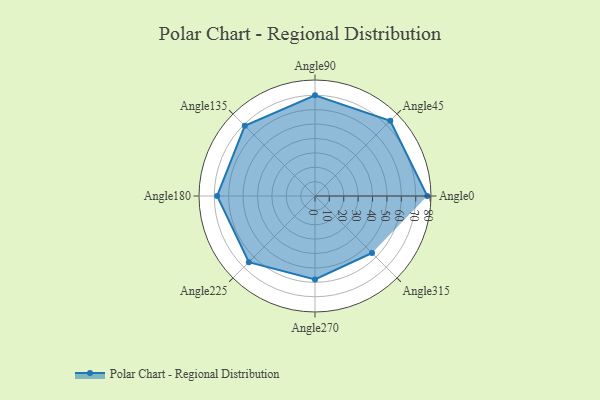
{"axis": {"x": "Angle", "y": "Radius"}, "legend": [""], "data": [{"x": "Angle0", "y": 78.0, "type": ""}, {"x": "Angle45", "y": 74.0, "type": ""}, {"x": "Angle90", "y": 70.0, "type": ""}, {"x": "Angle135", "y": 69.0, "type": ""}, {"x": "Angle180", "y": 68.0, "type": ""}, {"x": "Angle225", "y": 65.0, "type": ""}, {"x": "Angle270", "y": 58.0, "type": ""}, {"x": "Angle315", "y": 56.0, "type": ""}]}